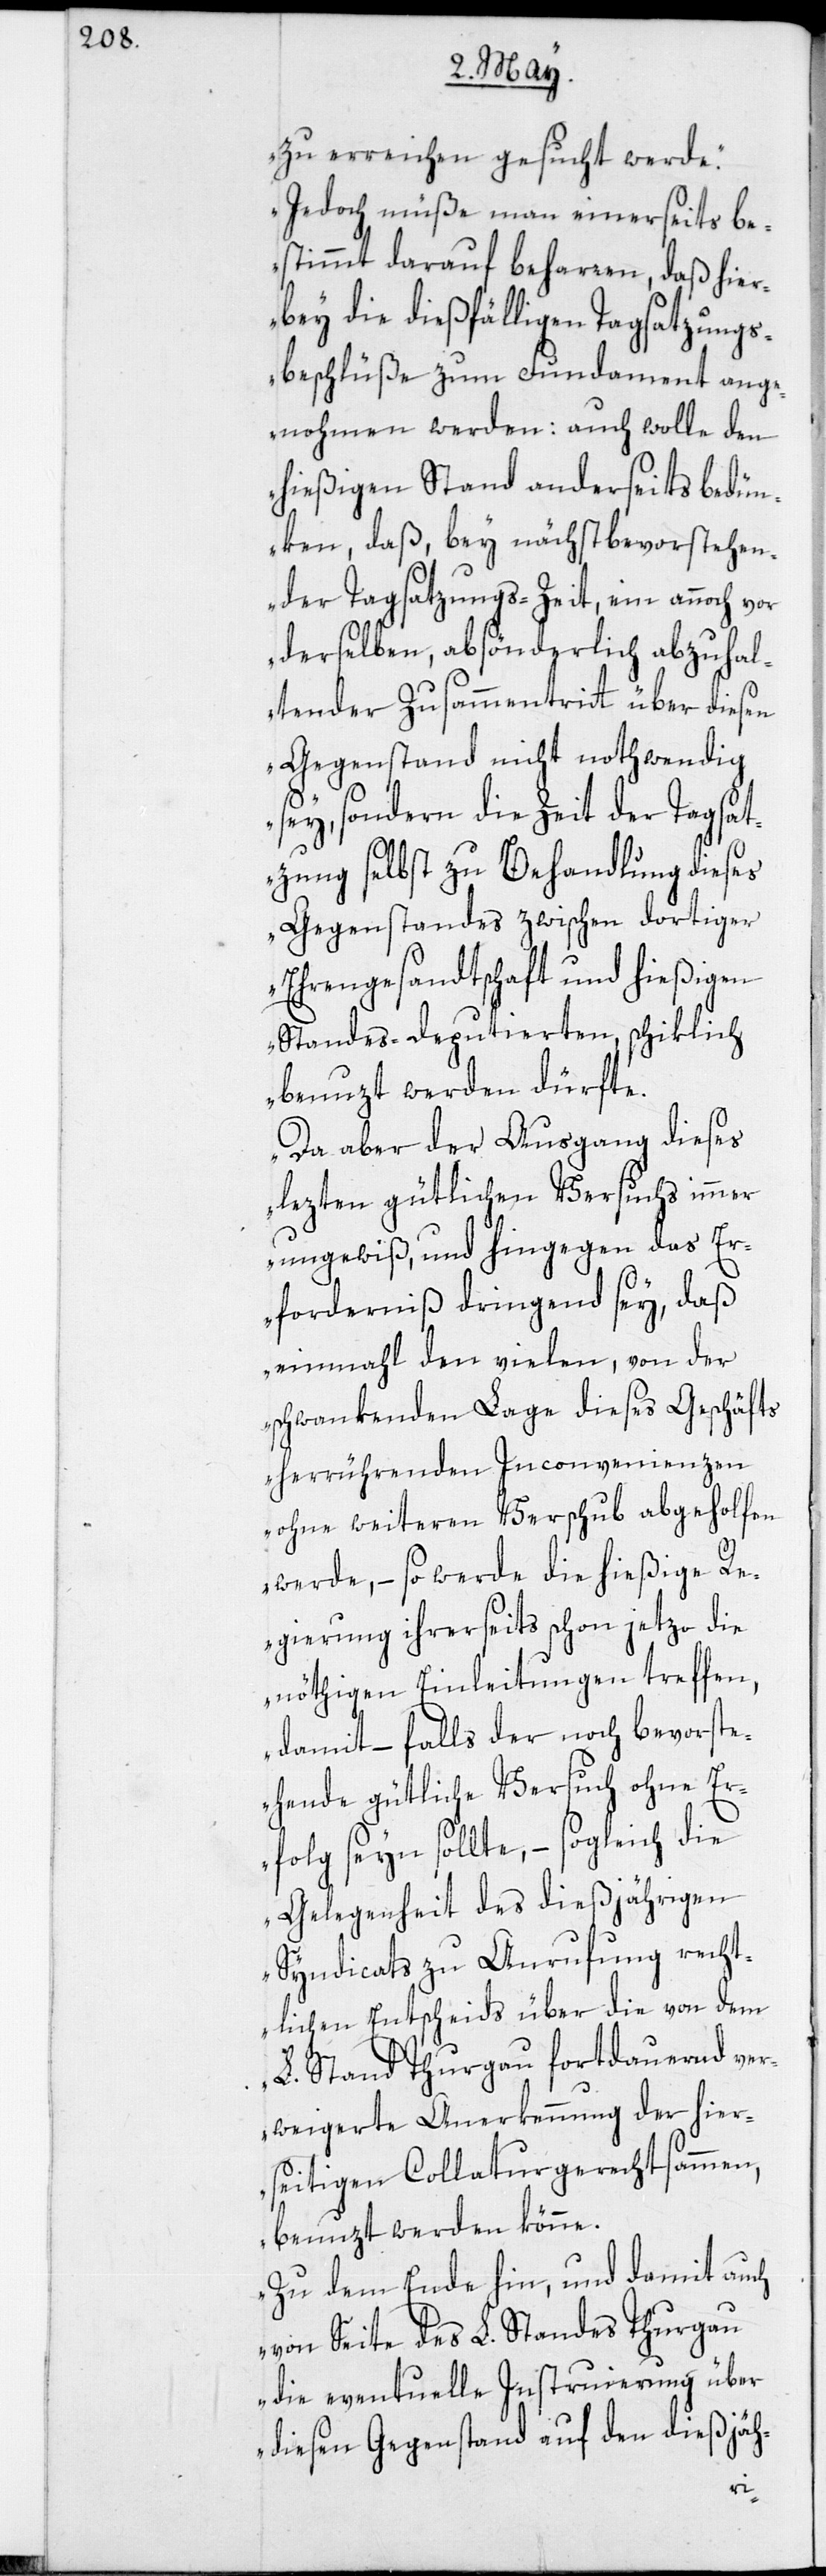
zu erreichen gesucht werde.
Jedoch müße man einerseits be¬
stimmt darauf beharren, daß hier¬
bey die dießfälligen Tagsatzungs¬
beschlüße zum Fundament ange¬
nohmen werden: auch wolle den
hießigen Stand anderseits bedün¬
ken, daß, bey nächstbevorstehen¬
der Tagsatzungs-Zeit, ein annoch vor
derselben, absönderlich abzuhal¬
tender Zusammentritt über diesen
Gegenstand nicht nothwendig
sey, sondern die Zeit der Tagsat¬
zung selbst zu Behandlung dieses
Gegenstandes zwischen dortiger
Ehrengesandtschaft und hießigen
Standesdeputierten, schiklich
benuzt werden dürfte.
Da aber der Ausgang dieses
lezten gütlichen Versuchs immer
ungewiß, und hingegen das Er¬
forderniß dringend sey, daß
einmahl den vielen, von der
schwankenden Lage dieses Geschäfts
herrührenden Inconvenienzen
ohne weiteren Verschub abgeholfen
werde, – so werde die hießige Re¬
gierung ihrerseits schon jetzo die
nöthigen Einleitungen treffen,
damit – falls der noch bevorste¬
hende gütliche Versuch ohne Er¬
folg seyn sollte, – sogleich die
Gelegenheit des dießjährigen
Syndicats zu Anrufung recht¬
lichen Entscheids über die von dem
L. Stand Thurgau fortdauernd ver¬
weigerte Anerkennung der hier¬
seitigen Collaturgerechtsammen,
benuzt werden könne.
Zu dem Ende hin, und damit auch
von Seite des L. Standes Thurgau
die eventuelle Instruierung über
diesen Gegenstand auf den dießjäh-